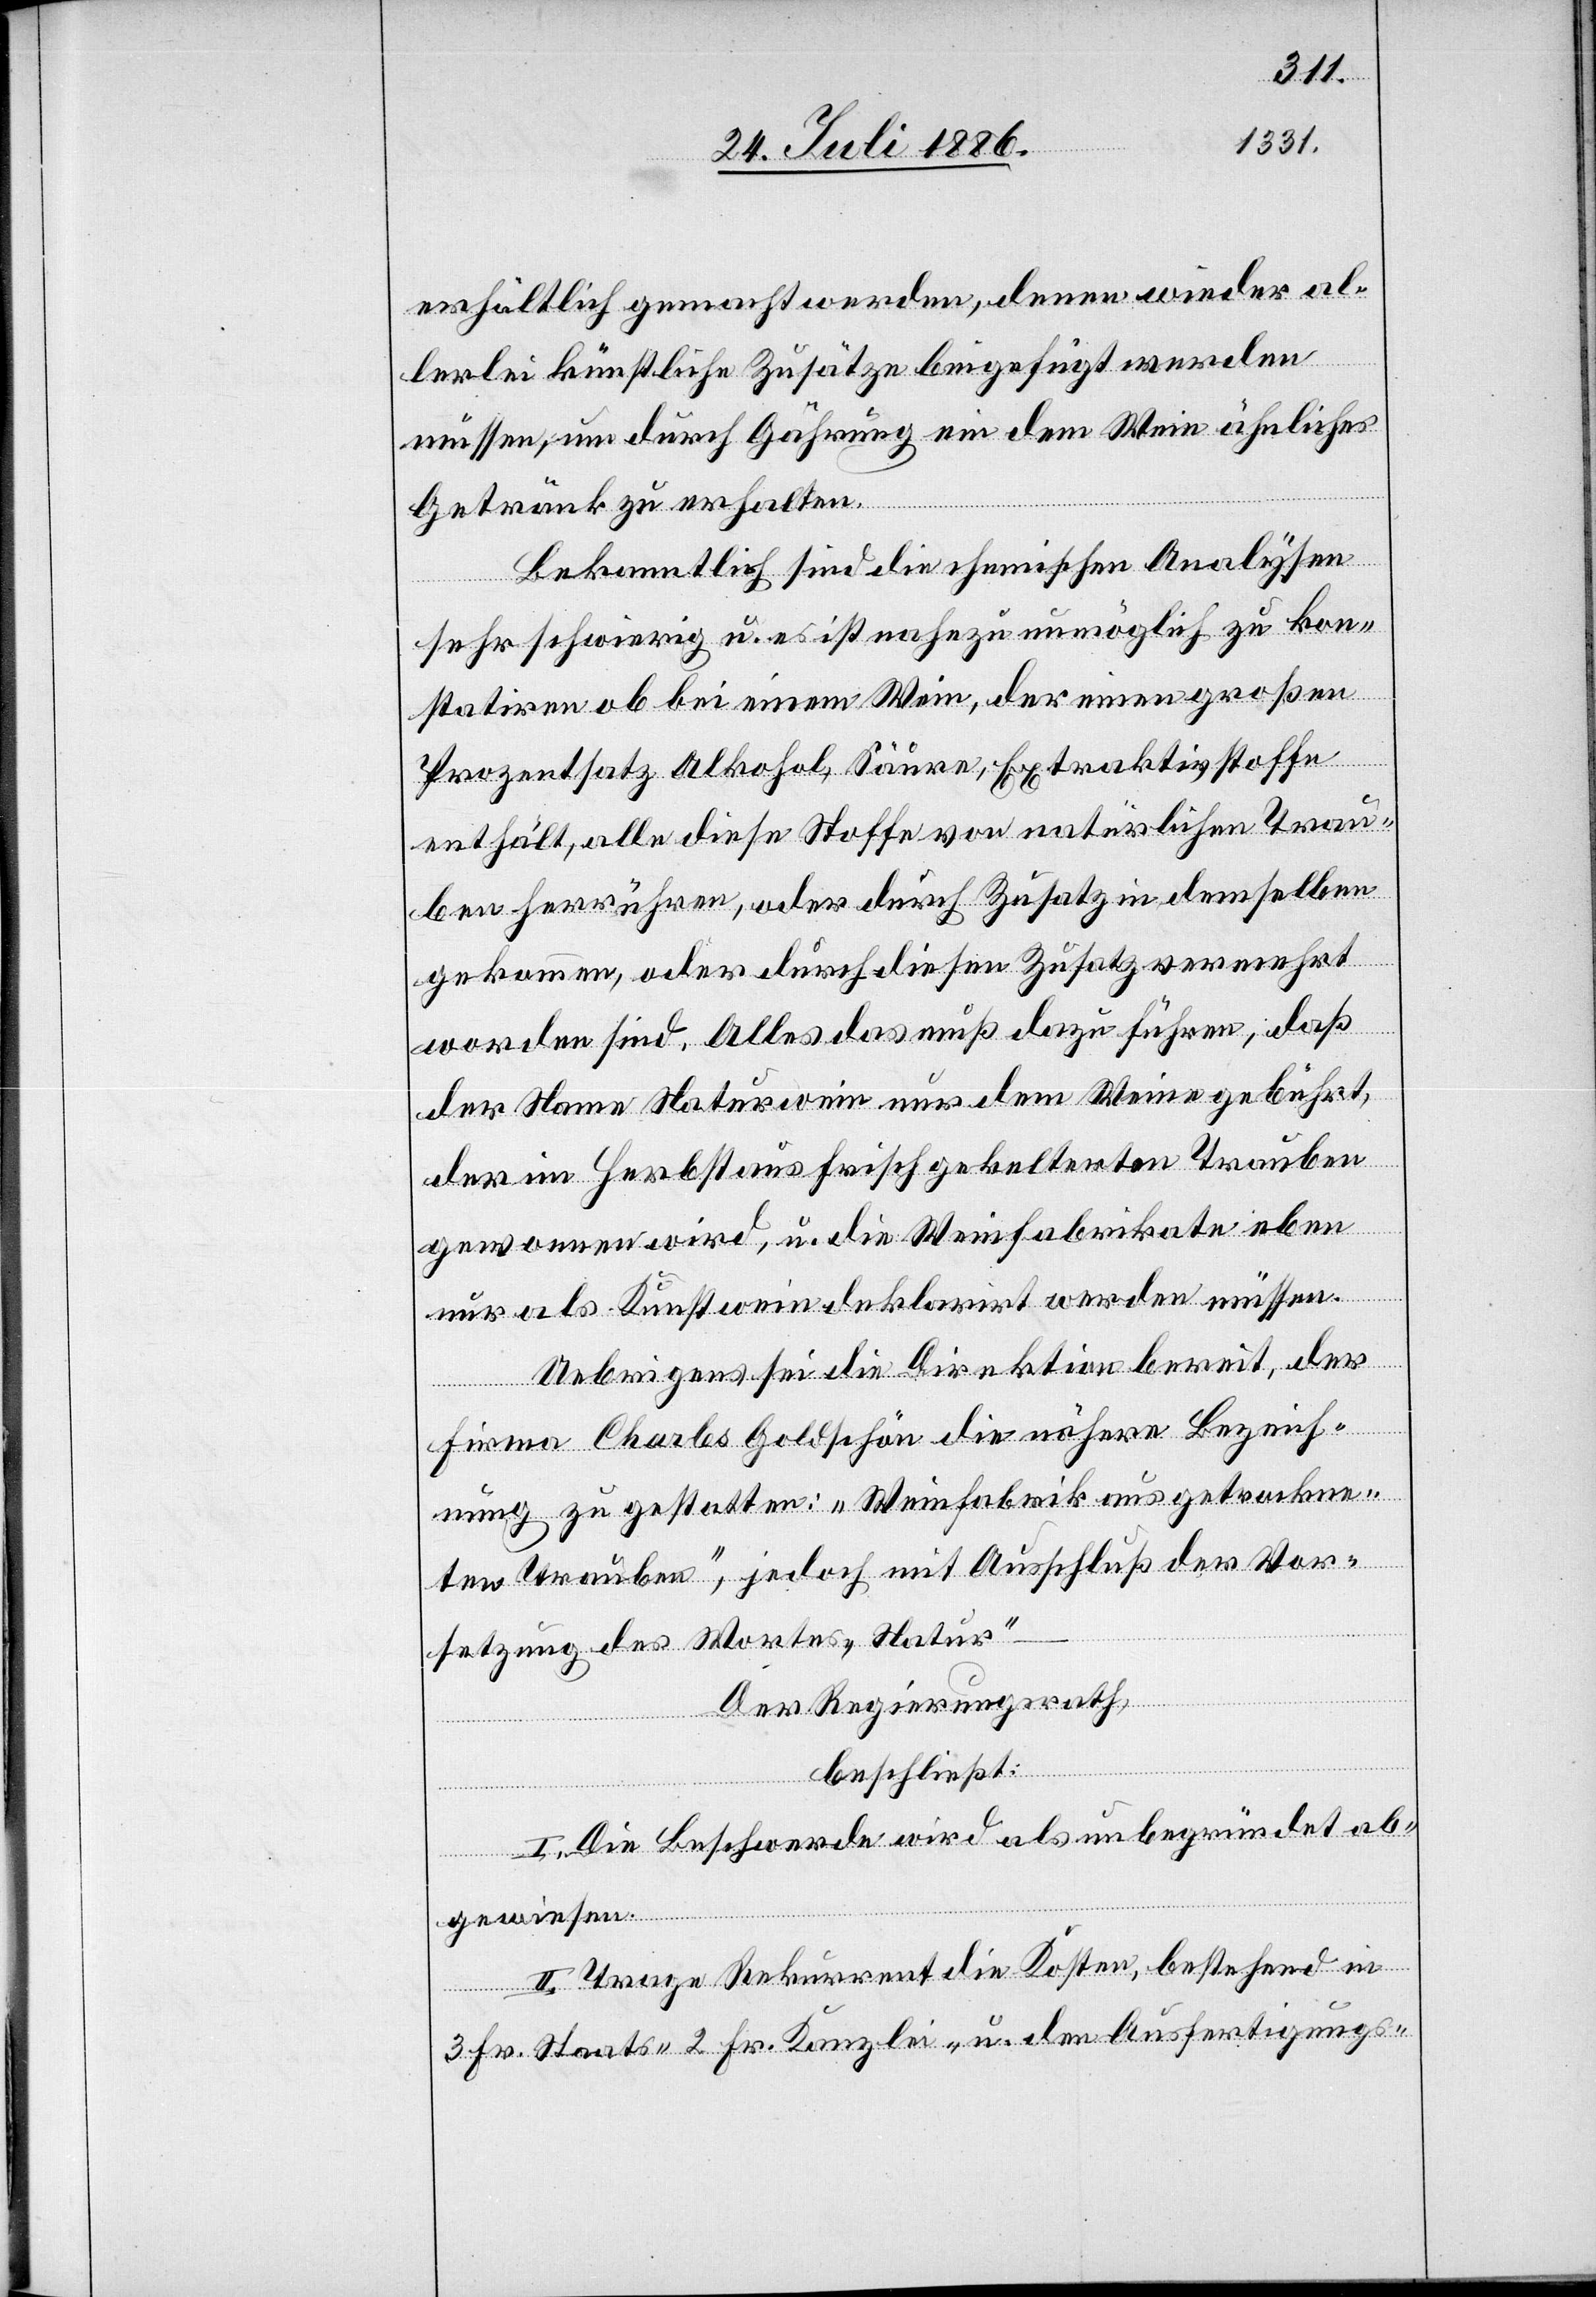
erhältlich gemacht werden, denen wieder al¬
lerlei künstliche Zusätze beigefügt werden
müssen, um durch Gährung ein dem Wein ähnliches
Getränk zu erhalten.
Bekanntlich sind die chemischen Analysen
sehr schwierig u. es ist nahezu unmöglich zu kon¬
statiren ob bei einem Wein, der einen großen
Prozentsatz Alkohol, Säure, Extraktivstoffe
enthält, alle diese Stoffe von natürlichen Trau¬
ben herrühren, oder durch Zusatz in demselben
gekommen, oder durch diesen Zusatz vermehrt
worden sind. Alles das muß dazu führen, daß
der Name Naturwein nur dem Weine gebührt,
der im Herbst aus frisch gekelterten Trauben
gewonnen wird, u. die Weinfabrikate eben
nur als Kunstwein deklarirt werden müssen.
Uebrigens sei die Direktion bereit, der
Firma Charles Goldschön die nähere Bezeich¬
nung zu gestatten: „Weinfabrik aus getrockne¬
ten Trauben“, jedoch mit Ausschluß der Vor¬
setzung des Wortes „Natur“
Der Regierungsrath,
beschließt:
I. Die Beschwerde wird als unbegründet ab¬
gewiesen.
II. Trage Rekurrent die Kosten, bestehend in
3 Fr. Staats- 2 Fr. Kanzlei- u. den Ausfertigungs-